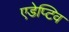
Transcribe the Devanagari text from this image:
एडेप्टिव